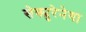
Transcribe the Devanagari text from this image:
सेक्युरेनेगा